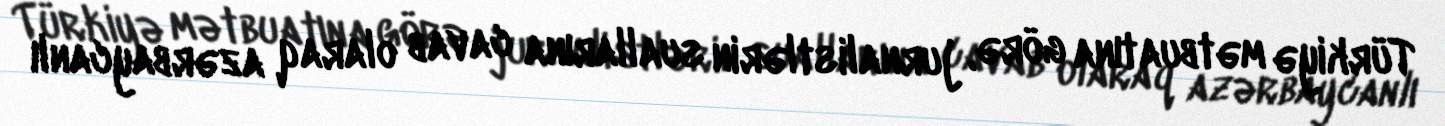
Türkiyə mətbuatına görə, jurnalistlərin suallarına cavab olaraq azərbaycanlı